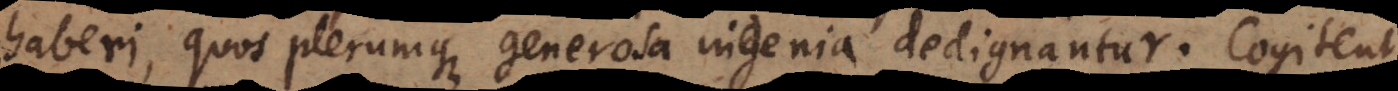
haberi, quos plerumque generosa ingenia dedignantur. Cogitent